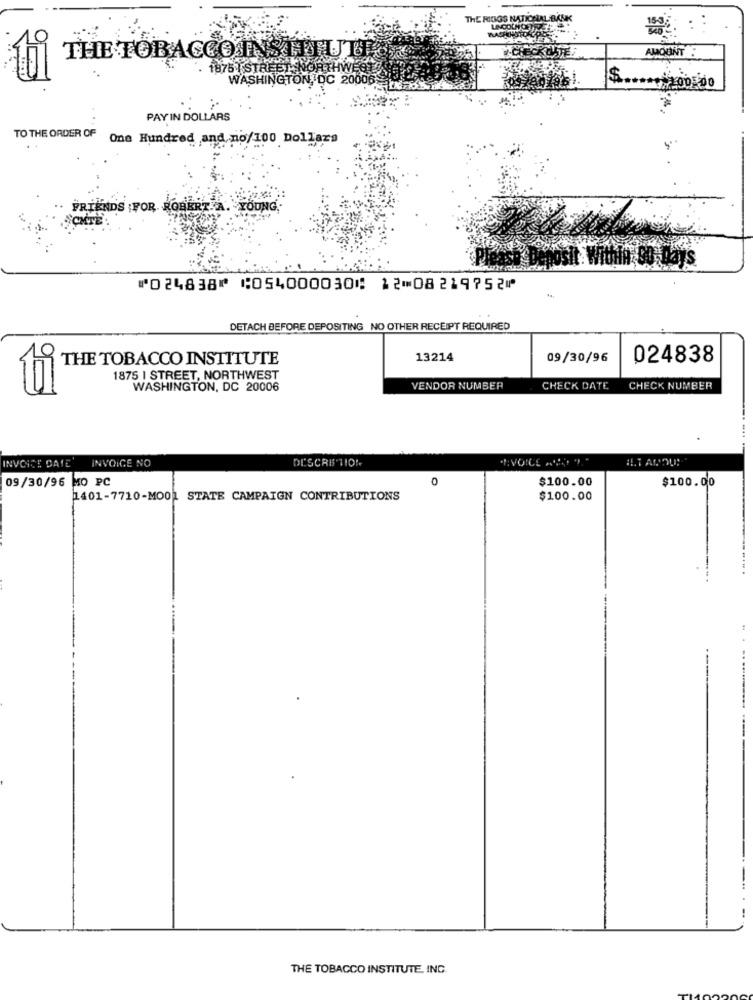
THE RINGS NATICELAL BANK
10
AMOUNT:
THE TOBACCO INSTITUTT
1875 I STREET NORTHWEST
WASHINGTON, DC 20006-1-8%
PAY IN DOLLARS
TO THE ORDER OF
One Hundred and no/100 Dollars
FRIENDS :FOR.
In CD Days
⑈024838⑈ ⑆054000030⑆ 12⑉08219752⑈
DETACH BEFORE DEPOSITING NO OTHER RECEIPT REQUIRED
13214
09/30/96
024838
THE TOBACCO INSTITUTE
1875 I STREET, NORTHWEST
WASHINGTON, DC 20006
VENDOR NUMBER
CHECK DATE
CHECK NUMBER
INVOICE NO
DESCRIPTION
#LT ANOU!
INVOICE DATE'
09/30/96 MO PC
0
$100.00
$100.00
1401-7710-MO01 STATE CAMPAIGN CONTRIBUTIONS
$100.00
THE TOBACCO INSTITUTE, INC.